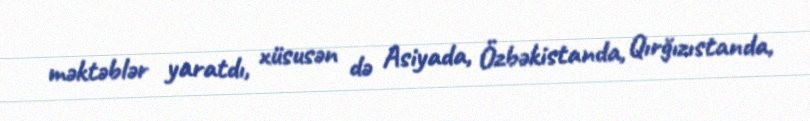
məktəblər yaratdı, xüsusən də Asiyada, Özbəkistanda, Qırğızıstanda,